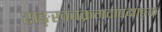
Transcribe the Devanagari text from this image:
शङ्खचक्रगदापद्माङ्क